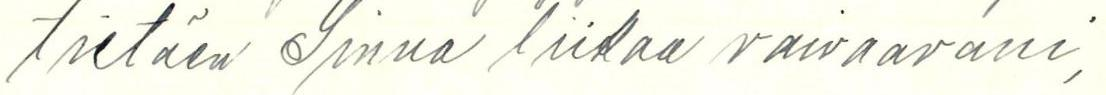
tietäen Sinua liikaa vaivaavani,